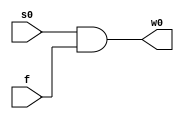
`timescale 1ns / 1ps
//////////////////////////////////////////////////////////////////////////////////
// Company: 
// Engineer: 
// 
// Design Name: 
// Module Name: Multi_0_stage
// Project Name: 
// Target Devices: 
// Tool Versions: 
// Description: 
// 
// Dependencies: 
// 
// Revision:
// Revision 0.01 - File Created
// Additional Comments:
// 
//////////////////////////////////////////////////////////////////////////////////


module Multi_0_stage(w0,s0,f);
output w0;
input s0;
input f;
and D0(w0,s0,f);
endmodule